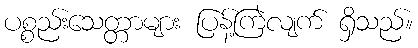
ပစ္စည်းသေတ္တာများ ပြန့်ကြဲလျက် ရှိသည်။